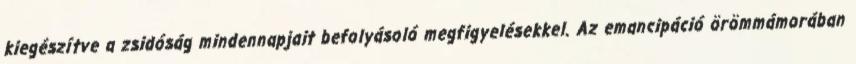
kiegészítve a zsidóság mindennapjait befolyásoló megfigyelésekkel. Az emancipáció örömmámorában